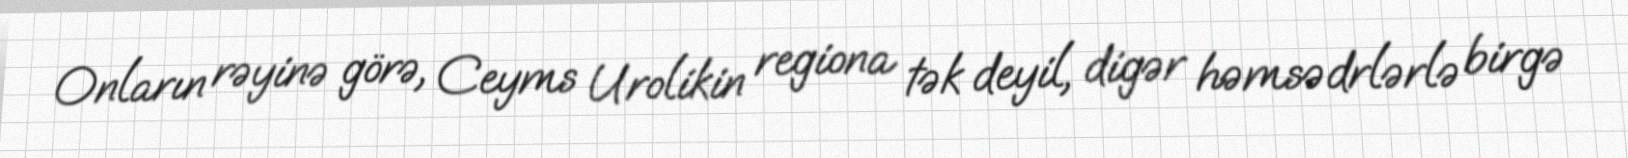
Onların rəyinə görə, Ceyms Urolikin regiona tək deyil, digər həmsədrlərlə birgə